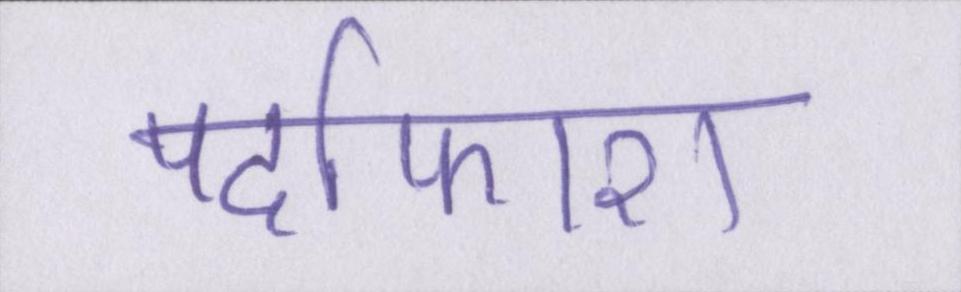
पर्दाफाश